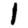
Digit: 1